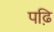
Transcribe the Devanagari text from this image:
पढ़ि